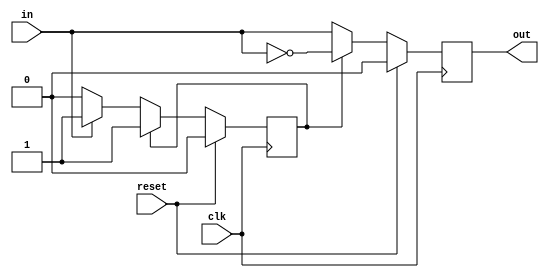
`timescale 1ns / 1ps
//////////////////////////////////////////////////////////////////////////////////
// Assignment Number: 5
// Problem Number: 2 [Twos Complement Converter FSM]
// Semester Number: 5
// Group Number: G1
// Group Members: Animesh Jha (19CS10070) and Nisarg Upadhyaya (19CS30031)
// 
//////////////////////////////////////////////////////////////////////////////////

module twoscomp(in, clk, reset, out);

    input in, clk, reset; 
    output reg out;

	parameter S0 = 1'b0;
    parameter S1 = 1'b1;     // parameters to represent states of FSM

    reg cs, ns;                  // present and next states of FSM
	
    always @(posedge clk) begin 
		cs = ns;      // cs state goes to next state

		if (reset) begin     // if reset
			ns <= S0;          	// next state is 0
			out <= 1'b0;           	// output is 0
		end
        else begin
            if (cs == S0) begin 
                out <= in; 
                if (in == 1'b1)    
                    ns <= S1;        
                else
                    ns <= S0;
            end
            else begin
                ns <= S1;
                out <= ~in;
            end
    end
    end

endmodule